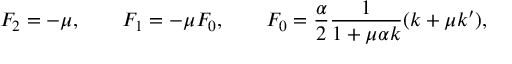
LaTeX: F _ { 2 } = - \mu , \qquad F _ { 1 } = - \mu F _ { 0 } , \qquad F _ { 0 } = \frac { \alpha } { 2 } \frac { 1 } { 1 + \mu \alpha k } ( k + \mu k ^ { \prime } ) ,